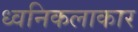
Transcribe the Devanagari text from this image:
ध्वनिकलाकार